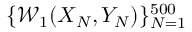
\{ \mathcal { W } _ { 1 } ( X _ { N } , Y _ { N } ) \} _ { N = 1 } ^ { 5 0 0 }